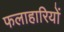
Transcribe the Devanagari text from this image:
फलाहारियों